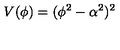
V ( \phi ) = ( \phi ^ { 2 } - \alpha ^ { 2 } ) ^ { 2 }